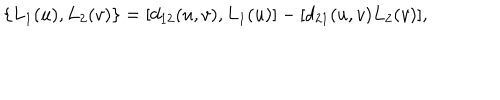
LaTeX: \{ L _ { 1 } ( u ) , L _ { 2 } ( v ) \} = [ d _ { 1 2 } ( u , v ) , L _ { 1 } ( u ) ] - [ d _ { 2 1 } ( u , v ) L _ { 2 } ( v ) ] ,